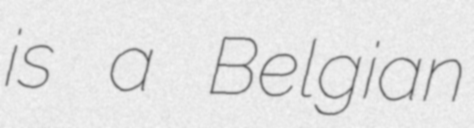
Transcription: is a Belgian